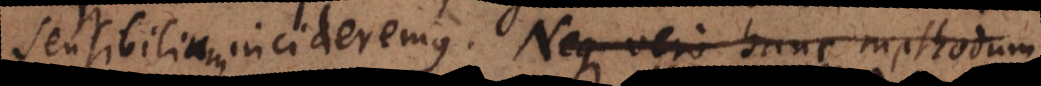
sensibilium incideremus. Neque vero hanc methodum